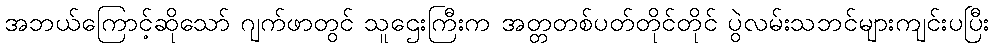
အဘယ်ကြောင့်ဆိုသော် ဂျက်ဖာတွင် သူဌေးကြီးက အတ္တတစ်ပတ်တိုင်တိုင် ပွဲလမ်းသဘင်များကျင်းပပြီး